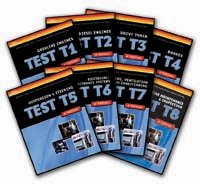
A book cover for ASE Test Preparation Medium/Heavy Duty Truck Series: T1-T8; Thomson Delmar Learning; Engineering & Transportation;